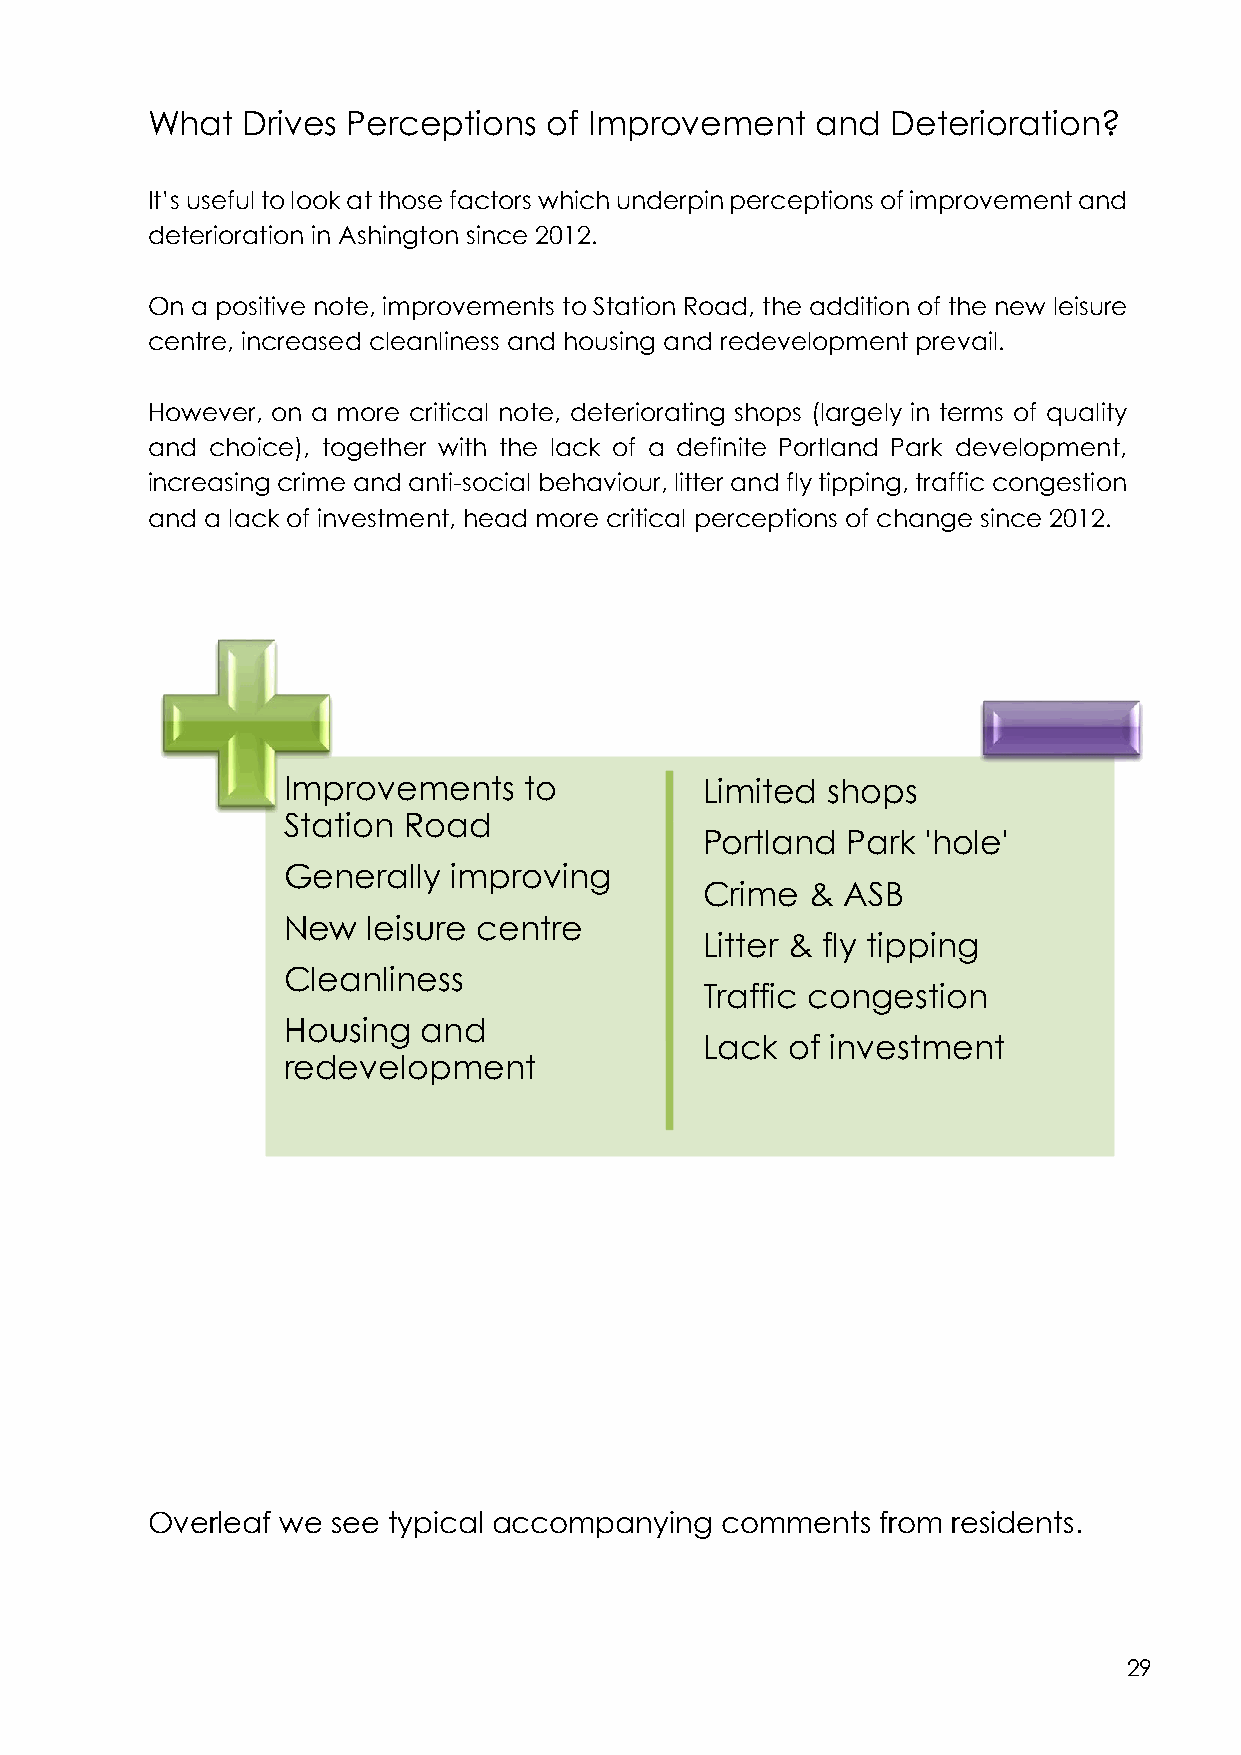
What  Drives Perceptions  of Improvement    and  Deterioration?
 It’s useful to look at those factors which underpin perceptions of improvement and
 deterioration in Ashington since 2012.
 On a positive note, improvements to Station Road, the addition of the new leisure
 centre, increased cleanliness and housing and redevelopment prevail.
 However, on a more critical note, deteriorating shops (largely in terms of quality
 and choice), together with the lack of a definite Portland Park development,
 increasing crime and anti-social behaviour, litter and fly tipping, traffic congestion
 and a lack of investment, head more critical perceptions of change since 2012.
 Improvements    to         Limited  shops
 Station Road
 Portland  Park 'hole'
 Generally  improving
 Crime   & ASB
 New  leisure centre
 Litter & fly tipping
 Cleanliness
 Traffic congestion
 Housing  and
 Lack  of investment
 redevelopment
 Overleaf we see typical accompanying  comments  from residents.
 29